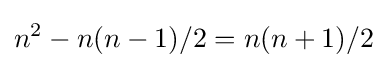
n^{2}-n(n-1)/2=n(n+1)/2